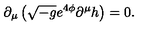
\partial _ { \mu } \left( \sqrt { - g } e ^ { 4 \phi } \partial ^ { \mu } h \right) = 0 .